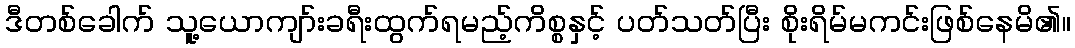
ဒီတစ်ခေါက် သူ့ယောကျာ်းခရီးထွက်ရမည့်ကိစ္စနှင့် ပတ်သတ်ပြီး စိုးရိမ်မကင်းဖြစ်နေမိ၏။